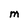
Character: M